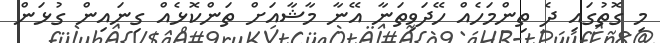
މި ގޮތުގައި ދެ ތިންމަހެއް ހޭދަވިތަނާ އޭނާ މާޝާއަށް ތަންކޮޅެއް ގިނައިން ގުޅަން